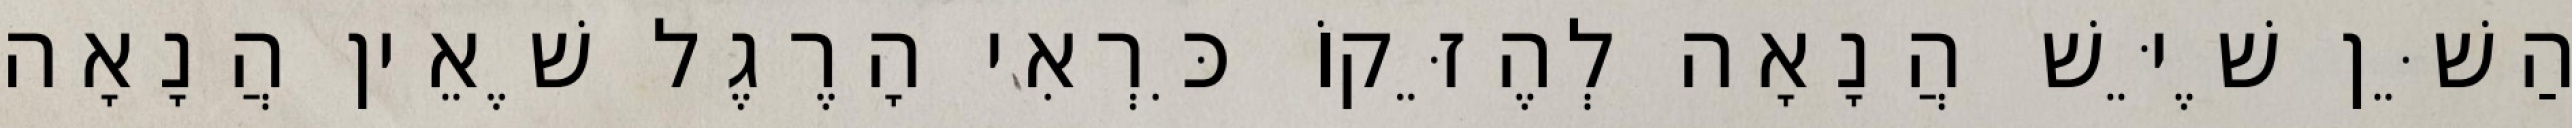
הַשֵּׁן שֶׁיֵּשׁ הֲנָאָה לְהֶזֵּקוֹ כִּרְאִי הָרֶגֶל שֶׁאֵין הֲנָאָה